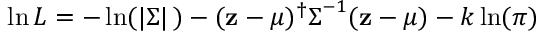
\ln L = - \ln ( | { \boldsymbol { \Sigma } } | \, ) - ( \mathbf { z } - { \boldsymbol { \mu } } ) ^ { \dagger } { \boldsymbol { \Sigma } } ^ { - 1 } ( \mathbf { z } - { \boldsymbol { \mu } } ) - k \ln ( \pi )